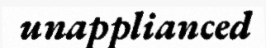
unapplianced